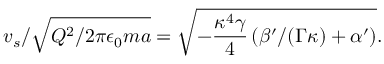
{ v _ { s } } / { \sqrt { Q ^ { 2 } / 2 \pi \epsilon _ { 0 } m a } } = \sqrt { - \frac { \kappa ^ { 4 } \gamma } { 4 } \left( \beta ^ { \prime } / ( \Gamma \kappa ) + \alpha ^ { \prime } \right) } .